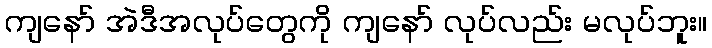
ကျနော် အဲဒီအလုပ်တွေကို ကျနော် လုပ်လည်း မလုပ်ဘူး။